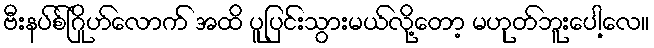
ဗီးနပ်စ်ဂြိုဟ်လောက် အထိ ပူပြင်းသွားမယ်လို့တော့ မဟုတ်ဘူးပေါ့လေ။